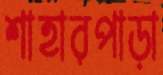
শাহারপাড়া